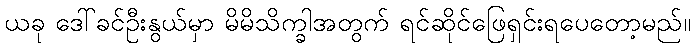
ယခု ဒေါ်ခင်ဦးနွယ်မှာ မိမိသိက္ခါအတွက် ရင်ဆိုင်ဖြေရှင်းရပေတော့မည်။